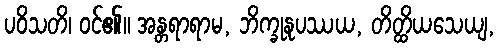
ပဝိသတိ၊ ဝင်၏။ အန္တရာရာမ, ဘိက္ခုနုပဿယ, တိတ္ထိယသေယျ,